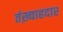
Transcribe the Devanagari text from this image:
तंख़्वाहदार